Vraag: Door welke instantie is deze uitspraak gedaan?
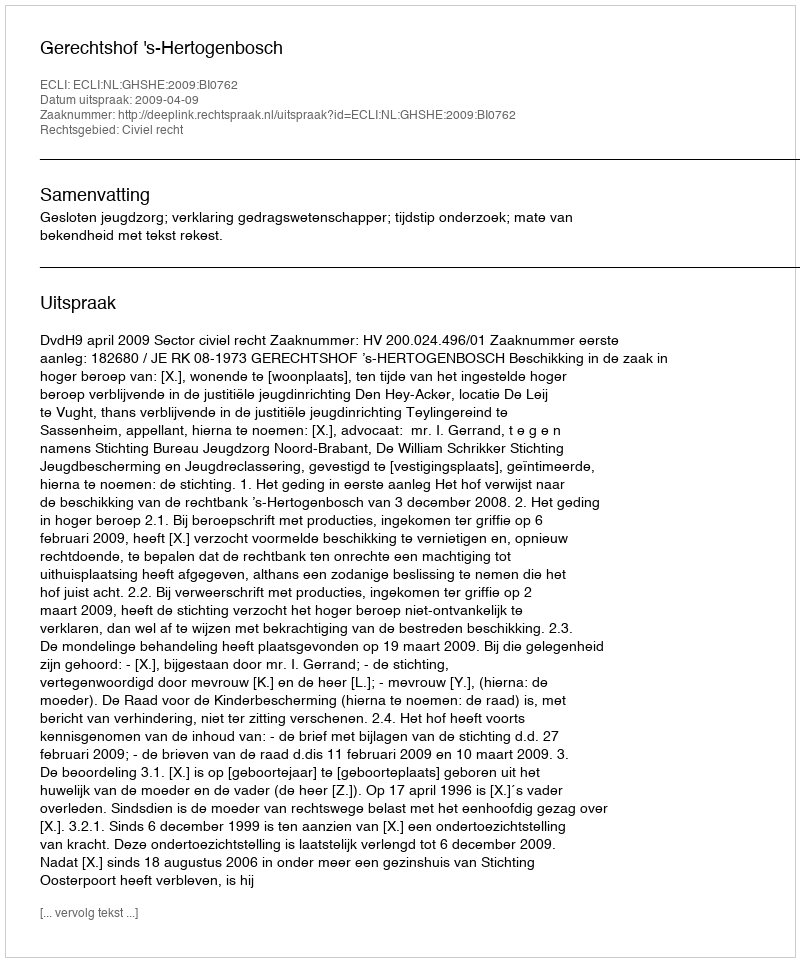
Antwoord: Gerechtshof 's-Hertogenbosch